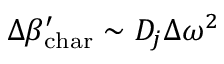
\Delta \beta _ { \mathrm { c h a r } } ^ { \prime } \sim D _ { j } \Delta \omega ^ { 2 }